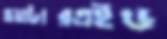
ওয়াটারএইড